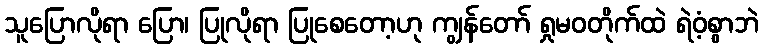
သူပြောလိုရာ ပြော၊ ပြုလိုရာ ပြုစေတော့ဟု ကျွန်တော် ရှုမဝတိုက်ထဲ ရဲဝံ့စွာဘဲ